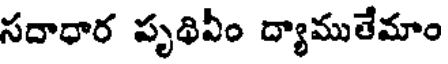
సదాధార పృథివీం ద్యాముతేమాం